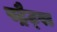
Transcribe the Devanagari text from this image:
स्ट्रैट्‍स